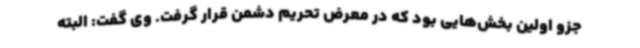
جزو اولین بخش‌هایی بود که در معرض تحریم دشمن قرار گرفت. وی گفت: البته